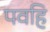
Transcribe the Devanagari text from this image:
पवहि